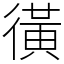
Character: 㣴